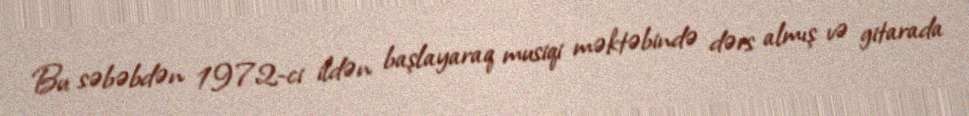
Bu səbəbdən 1972-ci ildən başlayaraq musiqi məktəbində dərs almış və gitarada